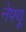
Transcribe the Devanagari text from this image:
नेफ्यू